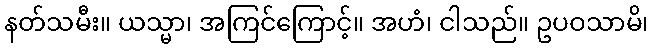
နတ်သမီး။ ယသ္မာ၊ အကြင်ကြောင့်။ အဟံ၊ ငါသည်။ ဥပဝသာမိ၊